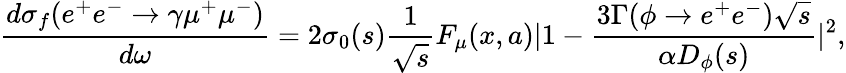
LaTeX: \frac{d\sigma_{f}(e^{+}e^{-}\to\gamma\mu^{+}\mu^{-})}{d\omega}=2\sigma_{0}(s)\frac{1}{\sqrt{s}}F_{\mu}(x,a)|1-\frac{3\Gamma(\phi\to e^{+}e^{-})\sqrt{s}}{\alpha D_{\phi}(s)}|^{2},